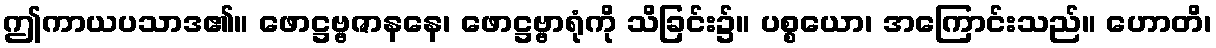
ဤကာယပသာဒ၏။ ဖောဋ္ဌဗ္ဗဇာနနေ၊ ဖောဋ္ဌဗ္ဗာရုံကို သိခြင်း၌။ ပစ္စယော၊ အကြောင်းသည်။ ဟောတိ၊